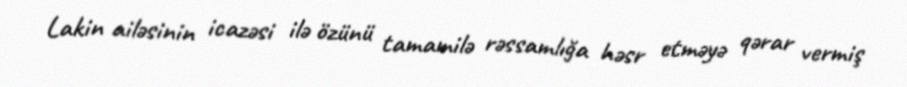
Lakin ailəsinin icazəsi ilə özünü tamamilə rəssamlığa həsr etməyə qərar vermiş